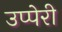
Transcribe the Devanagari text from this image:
उप्पेरी